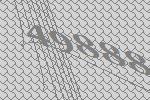
49888